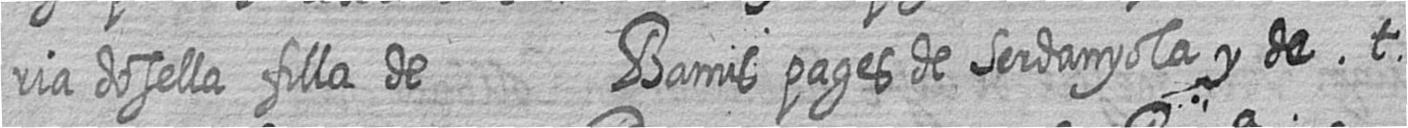
ria dosella filla de Bamis pages de Serdanyola y de t